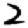
Digit: 2